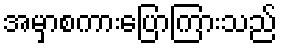
အမှာစကားပြောကြားသည်